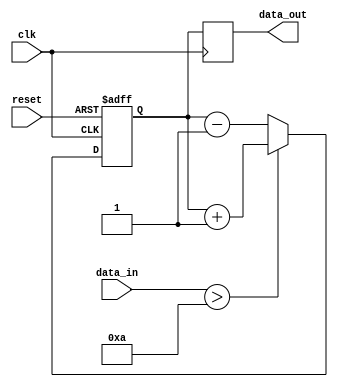
module ParameterFocusedInit #(
    parameter SIZE = 8,           // Default size parameter
    parameter THRESHOLD = 10,     // Default threshold parameter
    parameter MODE = 0             // Default mode parameter
)(
    input wire clk,               // Clock input
    input wire reset,             // Reset input
    input wire [SIZE-1:0] data_in,// Data input
    output reg [SIZE-1:0] data_out // Data output
);

    // Internal variable declaration
    reg [SIZE-1:0] internal_var;
    reg [SIZE-1:0] threshold_value;

    // Initialization block
    initial begin
        // Set internal_var based on MODE
        case (MODE)
            0: internal_var = 0; // Mode 0: Initialize to 0
            1: internal_var = SIZE; // Mode 1: Initialize to SIZE
            default: internal_var = SIZE / 2; // Default mode: Initialize to half SIZE
        endcase
        
        // Set threshold_value based on THRESHOLD parameter
        threshold_value = THRESHOLD;
    end

    // Reset mechanism
    always @(posedge clk or posedge reset) begin
        if (reset) begin
            // Re-initialize internal variables on reset
            case (MODE)
                0: internal_var <= 0; // Mode 0: Reset to 0
                1: internal_var <= SIZE; // Mode 1: Reset to SIZE
                default: internal_var <= SIZE / 2; // Default mode: Reset to half SIZE
            endcase
        end else begin
            // Behavioral logic
            if (data_in > threshold_value) begin
                internal_var <= internal_var + 1; // Increment if data_in exceeds threshold
            end else begin
                internal_var <= internal_var - 1; // Decrement otherwise
            end
        end
    end

    // Assign output
    always @(posedge clk) begin
        data_out <= internal_var; // Output the internal variable
    end

endmodule